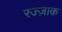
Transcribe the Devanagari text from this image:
रज्ज़ाक़